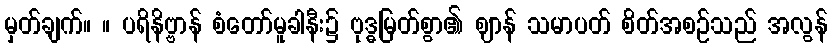
မှတ်ချက်။ ။ ပရိနိဗ္ဗာန် စံတော်မူခါနီး၌ ဗုဒ္ဓမြတ်စွာ၏ ဈာန် သမာပတ် စိတ်အစဉ်သည် အလွန်